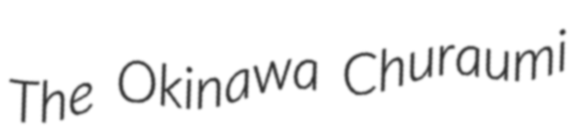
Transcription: The Okinawa Churaumi